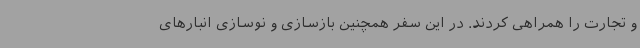
و تجارت را همراهی کردند. در این سفر همچنین بازسازی و نوسازی انبارهای